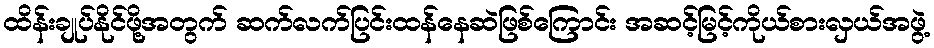
ထိန်းချုပ်နိုင်ဖို့အတွက် ဆက်လက်ပြင်းထန်နေဆဲဖြစ်ကြောင်း အဆင့်မြင့်ကိုယ်စားလှယ်အဖွဲ့